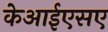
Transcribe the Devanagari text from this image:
केआईएसए